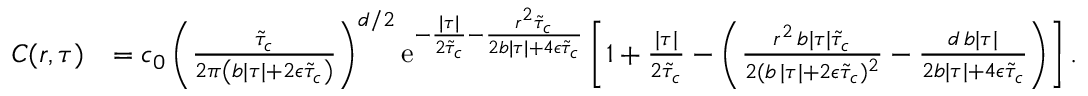
\begin{array} { r l } { C ( r , \tau ) } & { = c _ { 0 } \left( \frac { \tilde { \tau } _ { c } } { 2 \pi \left( b \lvert \tau \rvert + 2 \epsilon \tilde { \tau } _ { c } \right) } \right) ^ { d / 2 } \mathrm { e } ^ { - \frac { \lvert \tau \rvert } { 2 \tilde { \tau } _ { c } } - \frac { r ^ { 2 } \tilde { \tau } _ { c } } { 2 b \lvert \tau \rvert + 4 \epsilon \tilde { \tau } _ { c } } } \left[ 1 + \frac { \lvert \tau \rvert } { 2 \tilde { \tau } _ { c } } - \left( \frac { r ^ { 2 } \, b \lvert \tau \rvert \tilde { \tau } _ { c } } { 2 ( b \, \lvert \tau \rvert + 2 \epsilon \tilde { \tau } _ { c } ) ^ { 2 } } - \frac { d \, b \lvert \tau \rvert } { 2 b \lvert \tau \rvert + 4 \epsilon \tilde { \tau } _ { c } } \right) \right] . } \end{array}